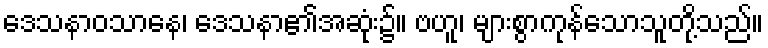
ဒေသနာဝသာနေ၊ ဒေသနာ၏အဆုံး၌။ ဗဟူ၊ များစွာကုန်သောသူတို့သည်။